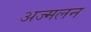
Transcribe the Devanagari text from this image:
अज्मलन